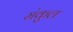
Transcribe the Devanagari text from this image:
मंकुल